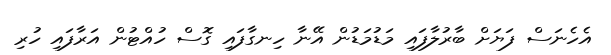
އެހެނަސް ފަޔަށް ބާރުލާފައި މަޑުމަޑުން އޭނާ ހިނގާފައި ގޮސް ހުއްޓުން އަރާފައި ހުރި